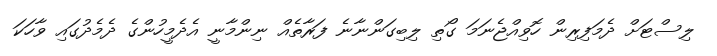
ލިސްޓަށް ދެމަފިރިން ހޮވިއްޖެނަމަ ގޯތި ލިބިގަންނާނެ ފަރާތެއް ނިންމާނީ އެދެމީހުންގެ ދެމެދުގައި ވާހަކަ